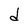
Character: d